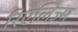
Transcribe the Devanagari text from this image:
रिएलिज्म